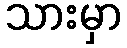
သားမှာ